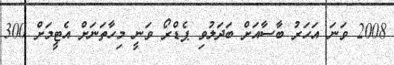
2008 ވަނަ އަހަރު ބާސާއަށް ބަދަލުވި ޕެޑްރޯ ވަނީ މިހާތަނަށް އެޓީމަށް 300